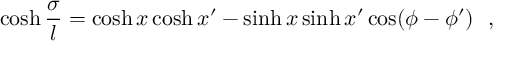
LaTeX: \cosh { \frac { \sigma } { l } } = \cosh x \cosh x ^ { \prime } - \sinh x \sinh x ^ { \prime } \cos ( \phi - \phi ^ { \prime } ) ~ ~ ,